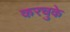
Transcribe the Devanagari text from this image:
करचुके